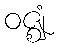
ဝဇ္ဈံ